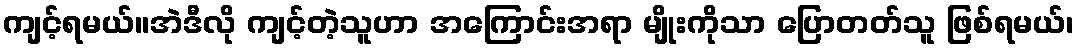
ကျင့်ရမယ်။အဲဒီလို ကျင့်တဲ့သူဟာ အကြောင်းအရာ မျိုးကိုသာ ပြောတတ်သူ ဖြစ်ရမယ်၊